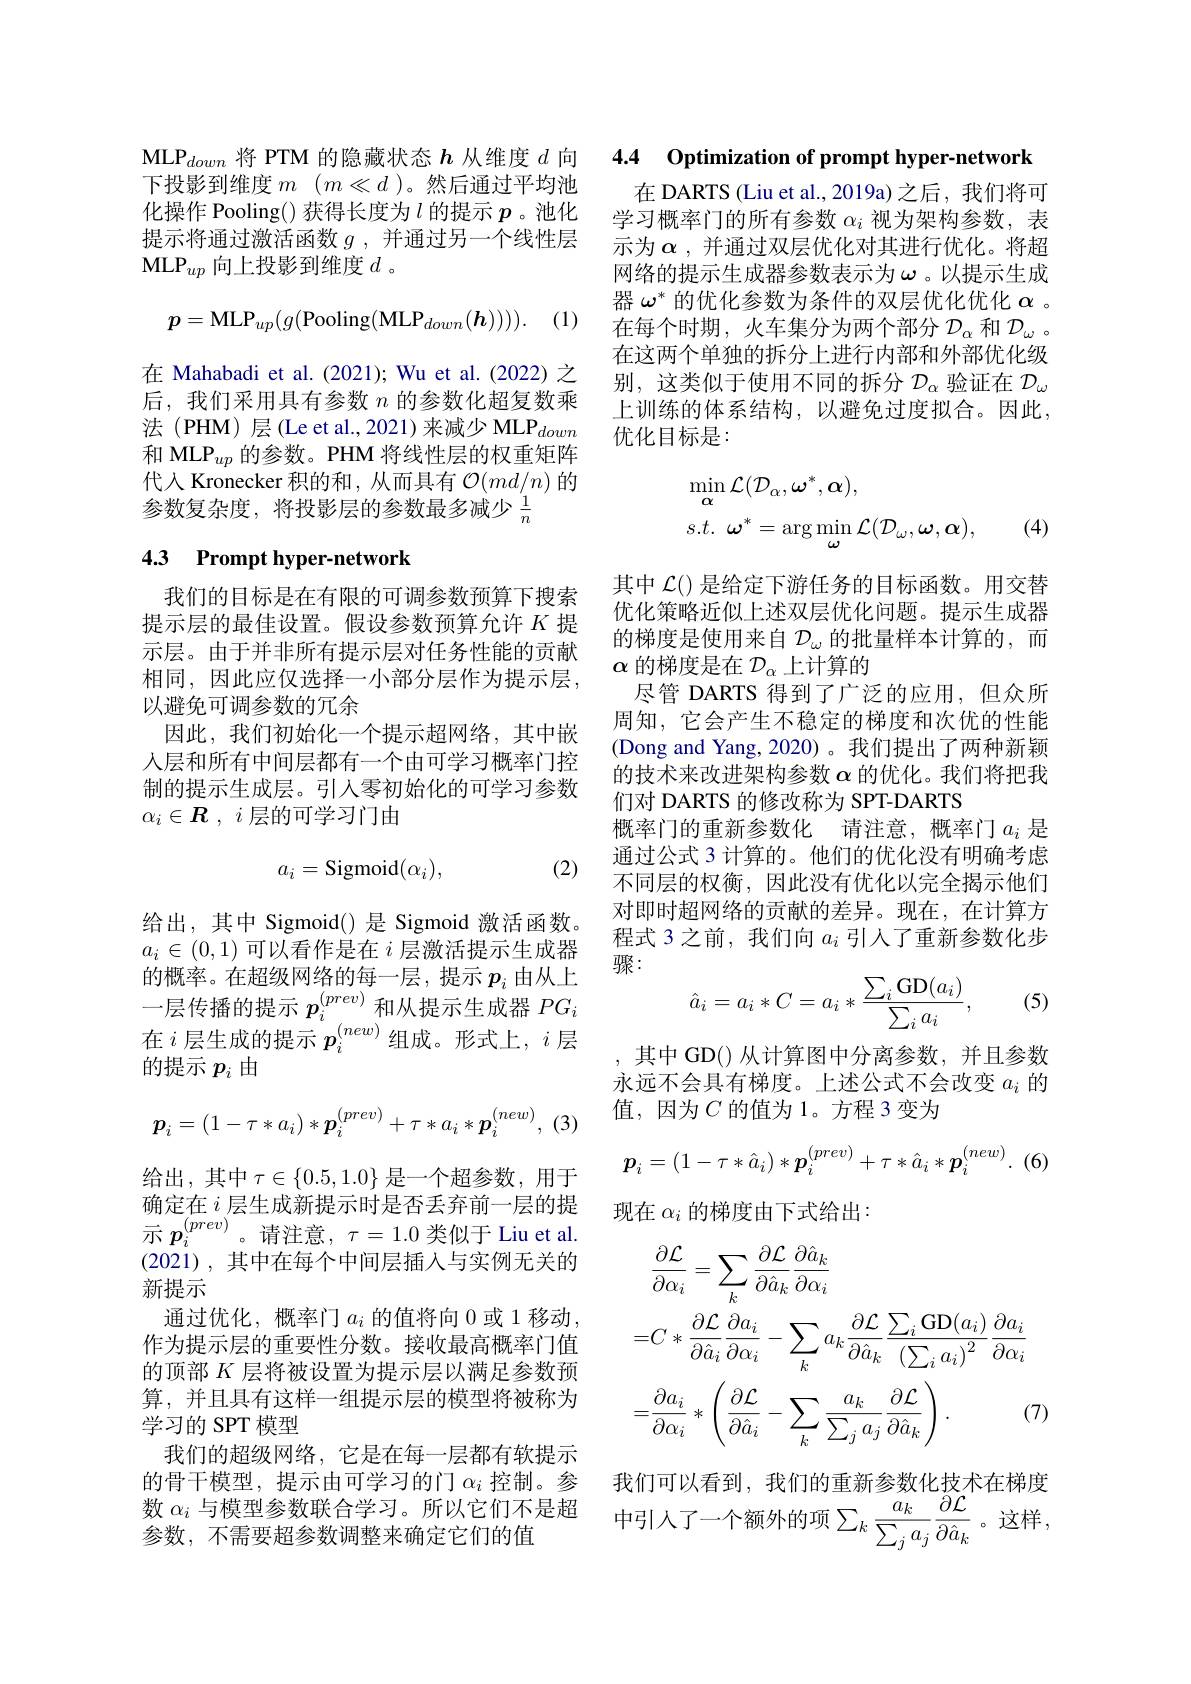
MLP$_{down}$将 PTM 的隐藏状态$\boldsymbol h$从维度$d$向 4.4 Optimization of prompt hyper-network

下投影到维度$m$ $( m\ll d$ )。然后通过平均池化操作 Pooling() 获得长度为$l$的提示$p$ 。池化提示将通过激活函数$g$,并通过另一个线性层$\mathrm{MLP}_{up}$向上投影到维度$d$ 。
$$p=\mathrm{MLP}_{up}(g(\mathrm{Pooling}(\mathrm{MLP}_{down}(\boldsymbol{h})))).$$
 (1)

在 Mahabadi et al.(2021); Wu et al.(2022) 之后，我们采用具有参数$n$的参数化超复数乘法(PHM)层(Le et al.,2021)来减少 MLP$_{down}$ 和 MLP$_{up}$的参数。PHM 将线性层的权重矩阵代人 Kronecker 积的和 ,从而具有$\mathcal{O}(md/n)$的参数复杂度，将投影层的参数最多减少$\frac1n$

## 4.3 Prompt hyper-network

我们的目标是在有限的可调参数预算下搜索提示层的最佳设置。假设参数预算允许$K$提示层。由于并非所有提示层对任务性能的贡献相同，因此应仅选择一小部分层作为提示层， 以避免可调参数的冗余
因此，我们初始化一个提示超网络，其中嵌人层和所有中间层都有一个由可学习概率门控制的提示生成层。引入零初始化的可学习参数$\alpha_i\in\boldsymbol{R},i$层的可学习门由

(2)
$$a_i=\text{Sigmoid}(\alpha_i),$$
给出，其中 Sigmoid() 是 Sigmoid 激活函数。$a_i\in(0,1)$可以看作是在$i$层激活提示生成器的概率。在超级网络的每一层，提示$p_i$由从上一层传播的提示$p_i^{(prev)}$和从提示生成器$PG_i$ 在$i$层生成的提示 $p_i^{(new)}$ 组成。形式上，$i$ 层的提示$p_i$由
$$\boldsymbol{p}_i=(1-\tau*a_i)*\boldsymbol{p}_i^{(prev)}+\tau*a_i*\boldsymbol{p}_i^{(new)},$$
给出，其中$\tau\in\{0.5,1.0\}$ 是一个超参数，用于确定在$i$层生成新提示时是否丢弃前一层的提供示 $p_{i}^{(prev)}$。请注意$,\tau=1.0$ 类似于 Liu et al (2021) ,其中在每个中间层插入与实例无关的新提示
通过优化，概率门$a_i$ 的值将向 0 或 1 移动 , 作为提示层的重要性分数。接收最高概率门值的顶部$K$层将被设置为提示层以满足参数预算，并且具有这样一组提示层的模型将被称为学习的 SPT 模型
我们的超级网络，它是在每一层都有软提示的骨干模型，提示由可学习的门$\alpha_i$控制。参数$\alpha_i$与模型参数联合学习。所以它们不是超参数，不需要超参数调整来确定它们的值

在 DARTS (Liu et al.,2019a)之后，我们将可学习概率门的所有参数$\alpha_i$视为架构参数，表示为$\boldsymbol{\alpha}$, 并通过双层优化对其进行优化。将超网络的提示生成器参数表示为$\omega$。以提示生成器$\omega^*$的优化参数为条件的双层优化优化$\alpha$ 。在每个时期，火车集分为两个部分$\mathcal{D}_\alpha$ 和$\mathcal{D}_\omega$。在这两个单独的拆分上进行内部和外部优化级别，这类似于使用不同的拆分$\mathcal{D}_\alpha$验证在$\mathcal{D}_\omega$ 上训练的体系结构，以避免过度拟合。因此， 优化目标是：
$$\begin{aligned}&\operatorname*{min}_{\alpha}\mathcal{L}(\mathcal{D}_{\alpha},\boldsymbol{\omega}^{*},\boldsymbol{\alpha}),\\&s.t.\:\boldsymbol{\omega}^{*}=\arg\min_{\boldsymbol{\omega}}\mathcal{L}(\mathcal{D}_{\omega},\boldsymbol{\omega},\boldsymbol{\alpha}),\end{aligned}$$
(4)

其中$\mathcal{L}()$是给定下游任务的目标函数。用交替优化策略近似上述双层优化问题。提示生成器的梯度是使用来自$\mathcal{D}_\omega$的批量样本计算的，而$\alpha$的梯度是在$\mathcal{D}_\alpha$上计算的
尽管 DARTS 得到了广泛的应用，但众所周知，它会产生不稳定的梯度和次优的性能(Dong and Yang,2020)。我们提出了两种新颖的技术来改进架构参数$\alpha$的优化。我们将把我们对 DARTS 的修改称为 SPT-DARTS
概率门的重新参数化 请注意，概率门$a_i$ 是通过公式 3 计算的。他们的优化没有明确考虑不同层的权衡，因此没有优化以完全揭示他们对即时超网络的贡献的差异。现在，在计算方程式 3 之前，我们向$a_i$引人了重新参数化步骤：
$$\hat{a}_i=a_i*C=a_i*\frac{\sum_i\mathrm{GD}(a_i)}{\sum_ia_i},$$
(5)

其中 GD() 从计算图中分离参数，并且参数永远不会具有梯度。上述公式不会改变$a_i$的值，因为$C$ 的值为 1。方程 3 变为
$$\boldsymbol{p}_i=(1-\tau*\hat{a}_i)*\boldsymbol{p}_i^{(prev)}+\tau*\hat{a}_i*\boldsymbol{p}_i^{(new)}.$$
现在$\alpha_i$的梯度由下式给出：
$$\begin{aligned}&\frac{\partial\mathcal{L}}{\partial\alpha_{i}}=\sum_{k}\frac{\partial\mathcal{L}}{\partial\hat{a}_{k}}\frac{\partial\hat{a}_{k}}{\partial\alpha_{i}}\\&=C*\frac{\partial\mathcal{L}}{\partial\hat{a}_{i}}\frac{\partial a_{i}}{\partial\alpha_{i}}-\sum_{k}a_{k}\frac{\partial\mathcal{L}}{\partial\hat{a}_{k}}\frac{\sum_{i}\mathrm{GD}(a_{i})}{\left(\sum_{i}a_{i}\right)^{2}}\frac{\partial a_{i}}{\partial\alpha_{i}}\\&=\frac{\partial a_{i}}{\partial\alpha_{i}}*\left(\frac{\partial\mathcal{L}}{\partial\hat{a}_{i}}-\sum_{k}\frac{a_{k}}{\sum_{j}a_{j}}\frac{\partial\mathcal{L}}{\partial\hat{a}_{k}}\right).&\text{(7)}\end{aligned}$$
我们可以看到，我们的重新参数化技术在梯度中引入了一个额外的项$\sum_k\frac{a_{k}}{\sum_{j}a_{j}}\frac{\partial\mathcal{L}}{\partial\hat{a}_{k}}$。这样